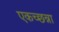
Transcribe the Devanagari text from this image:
एकच्छन्ना